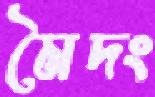
মৈদং